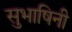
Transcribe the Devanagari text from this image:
सुभाषिनी